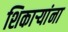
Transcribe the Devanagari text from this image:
शिकार्‍यांना